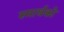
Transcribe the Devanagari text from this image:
स्मार्थको